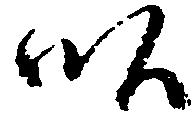
畝